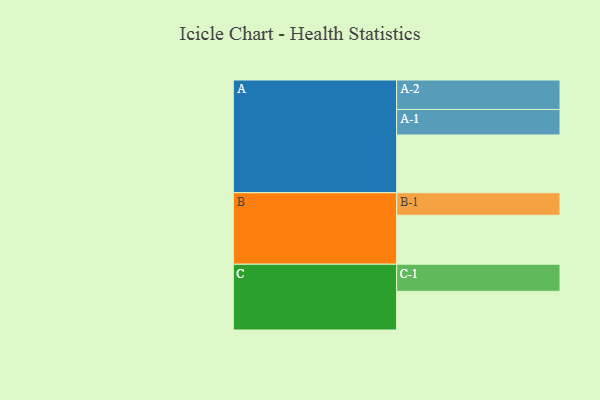
{"axis": {"x": "Segment", "y": "Value"}, "legend": ["", "A", "B", "C"], "data": [{"x": "A", "y": 519, "type": ""}, {"x": "B", "y": 440, "type": ""}, {"x": "C", "y": 348, "type": ""}, {"x": "A-1", "y": 229, "type": "A"}, {"x": "A-2", "y": 265, "type": "A"}, {"x": "B-1", "y": 203, "type": "B"}, {"x": "C-1", "y": 243, "type": "C"}]}